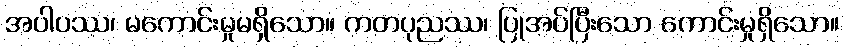
အပါပဿ၊ မကောင်းမှုမရှိသော။ ကတပုညဿ၊ ပြုအပ်ပြီးသော ကောင်းမှုရှိသော။